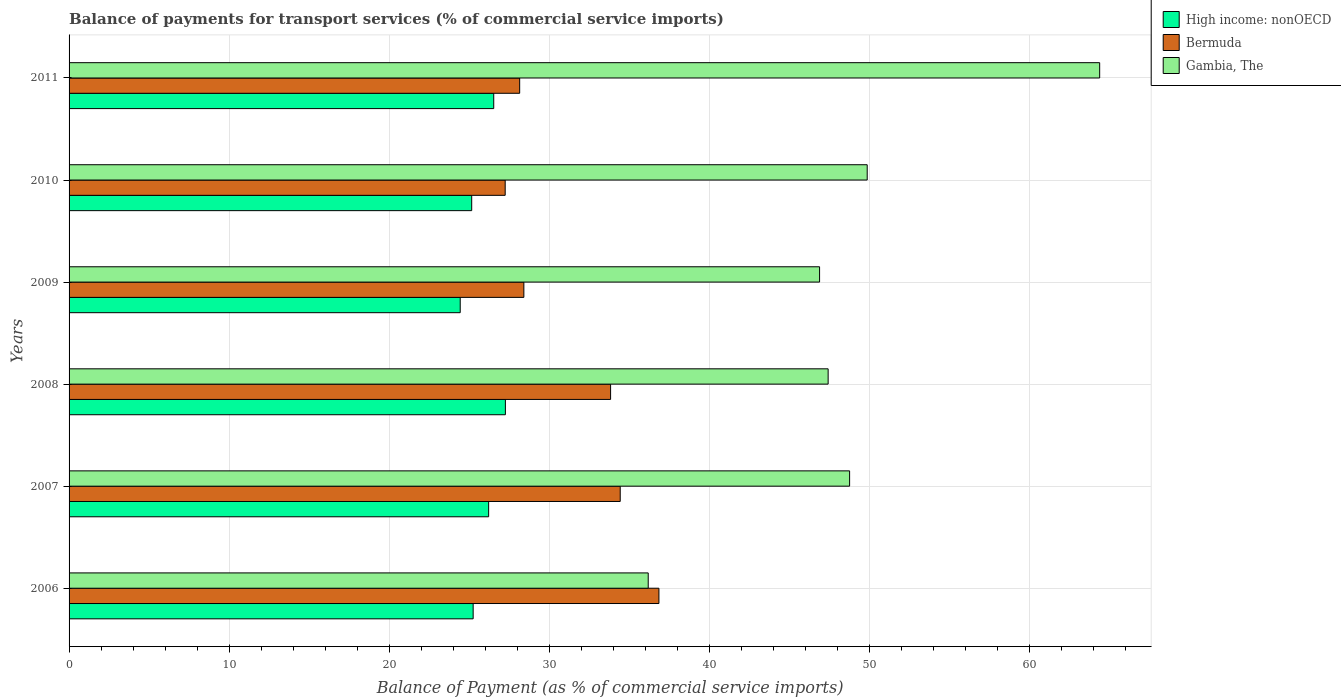
| Years | High income: nonOECD | Bermuda | Gambia, The |
 | --- | --- | --- | --- |
 | 2006 | 25.2 | 36.9 | 36.2 |
 | 2007 | 26.2 | 34.4 | 48.8 |
 | 2008 | 27.3 | 33.8 | 47.4 |
 | 2009 | 24.4 | 28.4 | 46.9 |
 | 2010 | 25.2 | 27.2 | 49.9 |
 | 2011 | 26.5 | 28.2 | 64.4 |